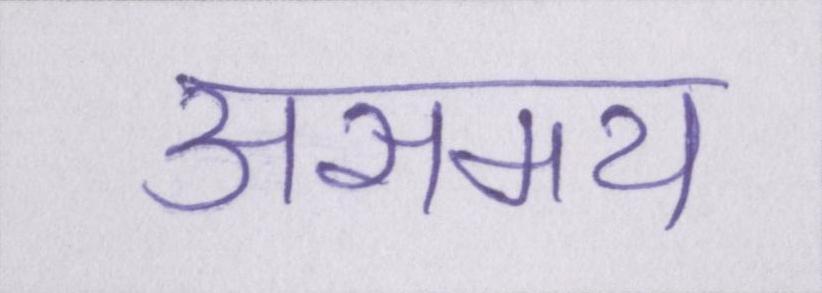
असमय